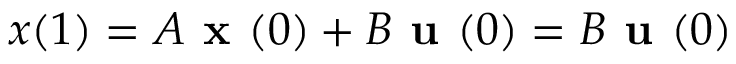
x ( 1 ) = A { \textbf { x } } ( 0 ) + B { \textbf { u } } ( 0 ) = B { \textbf { u } } ( 0 )